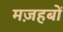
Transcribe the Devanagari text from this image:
मज़हबों